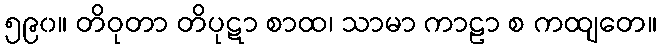
၅၉၀။ တိဝုတာ တိပုဋာ စာထ၊ သာမာ ကာဠာ စ ကထျတေ။